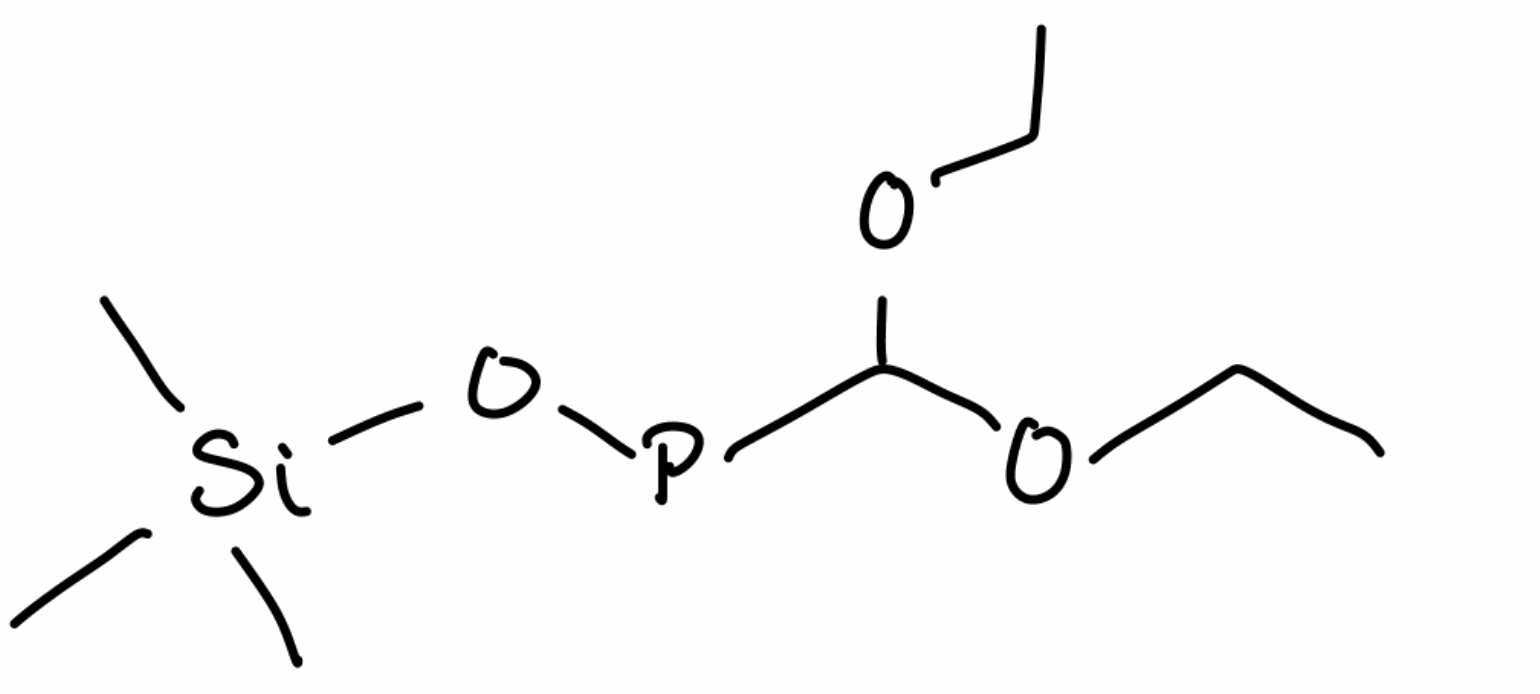
Simplified molecular-input line-entry system (SMILES) notation of the given molecule:
CCOC(OCC)P(O)O[Si](C)(C)C